Lunatic asylums Madras 1877-1891 - 1877-1891
Year: 1877
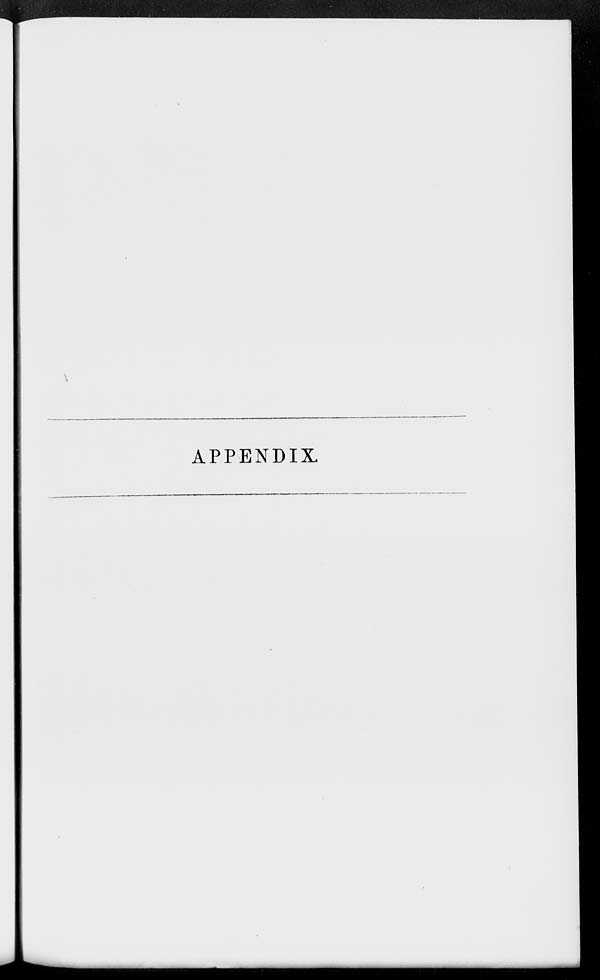
APPENDIX.